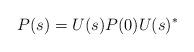
LaTeX: \begin{align*} P(s)=U(s) P(0) U(s)^*\end{align*}